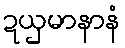
ဍယှမာနာနံ